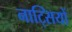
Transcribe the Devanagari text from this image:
नाट्सियों